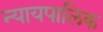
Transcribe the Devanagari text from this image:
न्यायपालिक